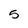
Character: 5